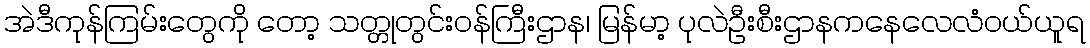
အဲဒီကုန်ကြမ်းတွေကို တော့ သတ္တုတွင်းဝန်ကြီးဌာန၊ မြန်မာ့ ပုလဲဦးစီးဌာနကနေလေလံဝယ်ယူရ